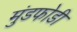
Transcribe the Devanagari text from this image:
मुंडफोडी